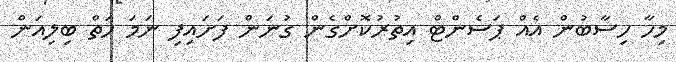
މިހާ ހިސާބުން އެއް ޕަސެންޓް އިތުރުކޮށްގެން ގުނަން ފަށައިފި ނަމަ ހަތް ބިލިއަން